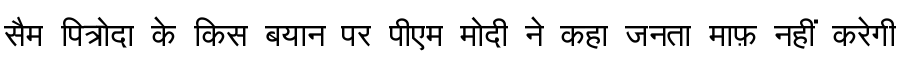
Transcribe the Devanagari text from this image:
सैम पित्रोदा के किस बयान पर पीएम मोदी ने कहा जनता माफ़ नहीं करेगी